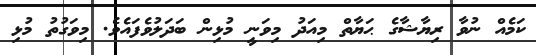
ކަމެއް ނުވާ ރިޔާޝާގެ ޙަޔާތް މިއަދު މިވަނީ މުޅިން ބަދަލުވެފައެވެ. މިވަގުތު މުޅި